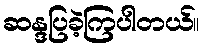
ဆန္ဒပြခဲ့ကြပါတယ်။